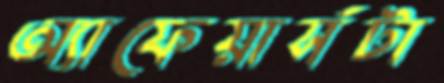
অ্যাফেয়ার্সটা